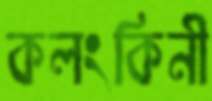
কলংকিনী